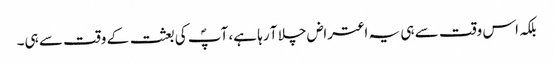
بلکہ اس وقت سے ہی یہ اعتراض چلا آ رہا ہے، آپؐ کی بعثت کے وقت سے ہی۔